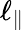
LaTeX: \ell_{\| }